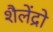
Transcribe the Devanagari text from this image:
शैलेंद्रो